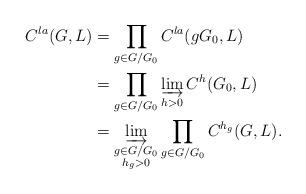
LaTeX: \begin{align*} C^{la}(G, L) & = \prod_{g\in G/G_0} C^{la}(gG_0, L) \\ &= \prod_{g\in G/G_0} \varinjlim_{h>0} C^h(G_0,L) \\ &= \varinjlim_{\substack{g \in G / G_0 \\ h_g>0}} \prod_{g \in G / G_0} C^{h_g}(G,L). \end{align*}